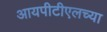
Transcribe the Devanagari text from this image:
आयपीटीएलच्या